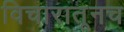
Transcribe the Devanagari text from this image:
विचारातूनच